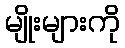
မျိုးများကို